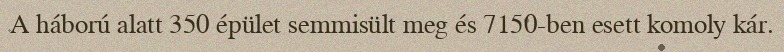
A háború alatt 350 épület semmisült meg és 7150-ben esett komoly kár.